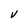
Character: V